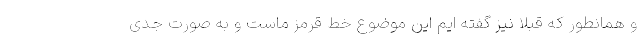
و همانطور که قبلا نیز گفته ایم این موضوع خط قرمز ماست و به صورت جدی